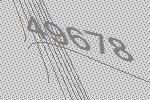
49678